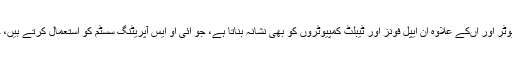
اس وائرس کا نا م وائر لرکر بتایا گیا ہے اور یہ میک کمپیوٹر اور اںکے علاوہ ان ایپل فونز اور ٹیبلٹ کمپیوٹروں کو بھی نشانہ بناتا ہے، جو آئی او ایس آپریٹنگ سسٹم کو استعمال کرتے ہیں، جب انہیں یو ایس بی کیبل کے ذریعے کونیکٹ کیا گیا ہو ۔